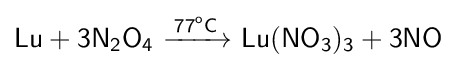
{\mathsf {Lu+3N_{2}O_{4}\ {\xrightarrow {77^{o}C}}\ Lu(NO_{3})_{3}+3NO}}